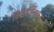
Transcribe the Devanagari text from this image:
विसर्जितकर